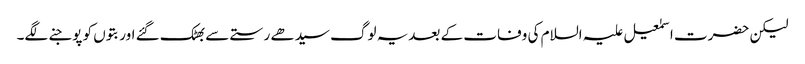
لیکن حضرت اسمٰعیل علیہ السلام کی وفات کے بعدیہ لوگ سیدھے رستے سے بھٹک گئے اور بتوں کو پوجنے لگے۔